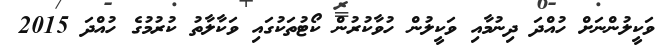
ވަކީލުންނަށް ހުއްދަ ދިނުމާއި ވަކީލުން ހުވާކުުރުން ކޯޓުތަކުގައި ވަކާލާތު ކުުރުމުގެ ހުއްދަ 2015